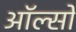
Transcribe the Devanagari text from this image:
ऑल्सो